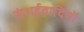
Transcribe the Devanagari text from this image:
संशईवादियों